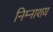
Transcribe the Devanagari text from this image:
निम्नाशय